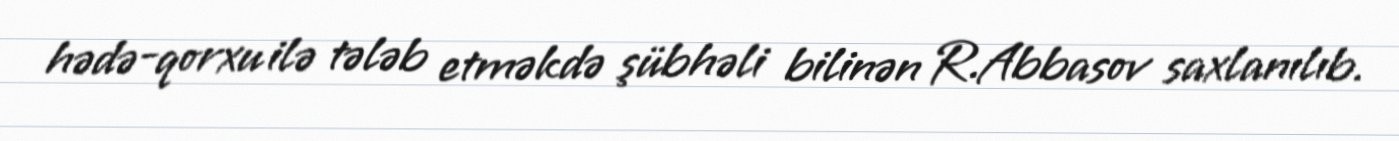
hədə-qorxu ilə tələb etməkdə şübhəli bilinən R.Abbasov saxlanılıb.